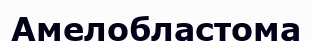
Амелобластома